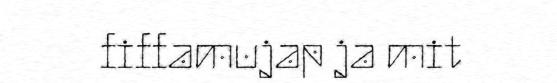
fiffamujap ja mit